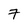
Character: 7